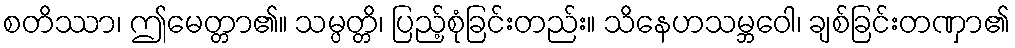
စတိဿာ၊ ဤမေတ္တာ၏။ သမ္ပတ္တိ၊ ပြည့်စုံခြင်းတည်း။ သိနေဟသမ္ဘဝေါ၊ ချစ်ခြင်းတဏှာ၏